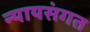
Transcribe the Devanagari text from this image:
न्‍यायसंगत